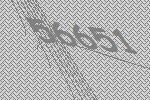
56651